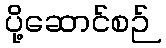
ပို့ဆောင်စဉ်